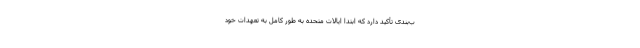
ب‌بندی تأکید دارد که ابتدا ایالات متحده به طور کامل به تعهدات خود